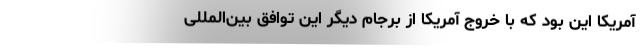
آمریکا این بود که با خروج آمریکا از برجام دیگر این توافق بین‌المللی